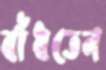
বাঁধতেন